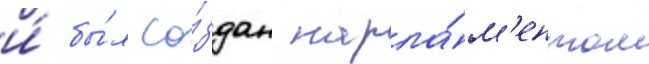
и́ бы́л со́здан парла́м'ентом